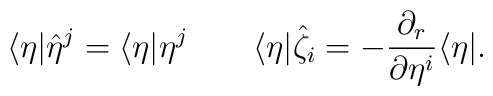
\langle\eta|\hat{\eta}^j=\langle\eta|\eta^j\qquad\langle\eta|\hat{\zeta}_i=-\frac{\partial_r}{\partial\eta^i}\langle\eta|.